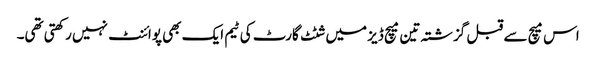
اس میچ سے قبل گزشتہ تین میچ ڈیز میں شٹٹ گارٹ کی ٹیم ایک بھی پوائنٹ نہیں رکھتی تھی۔